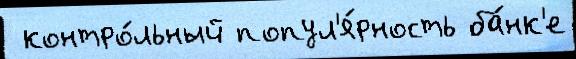
 контро́льный попул'я́рность ба́нк'е